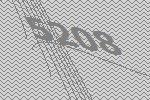
5208